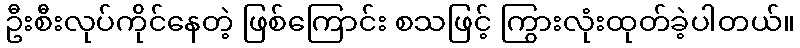
ဦးစီးလုပ်ကိုင်နေတဲ့ ဖြစ်ကြောင်း စသဖြင့် ကြွားလုံးထုတ်ခဲ့ပါတယ်။